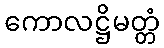
ကောလဋ္ဌိမတ္တံ